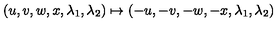
( u , v , w , x , \lambda _ { 1 } , \lambda _ { 2 } ) \mapsto ( - u , - v , - w , - x , \lambda _ { 1 } , \lambda _ { 2 } )